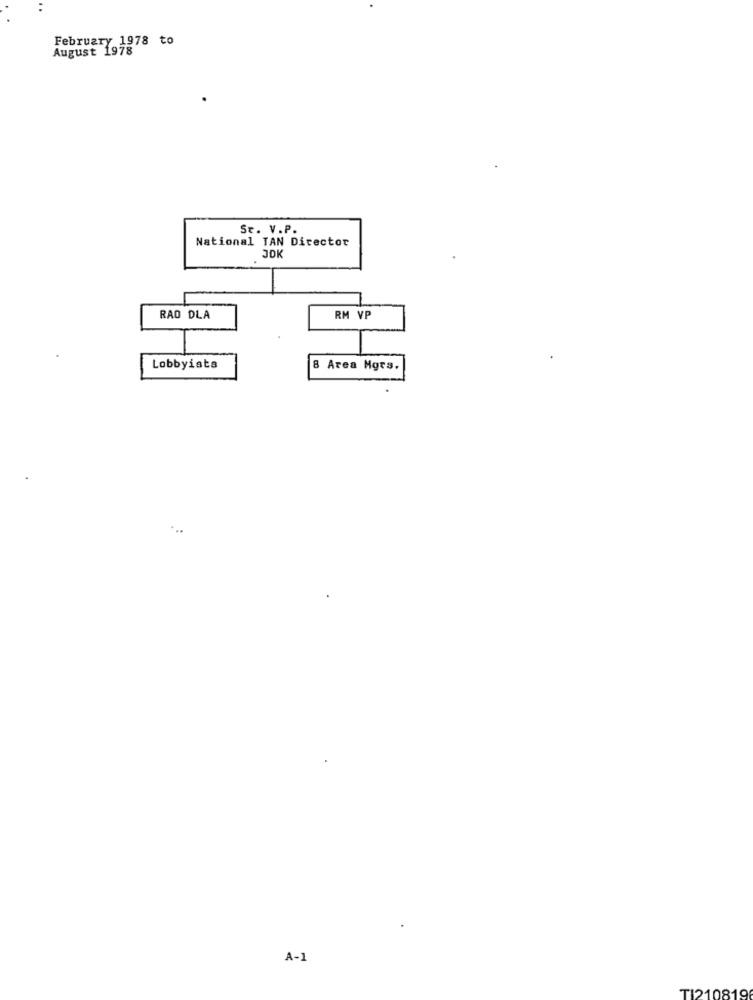
February 1978 to
August 1978
St. V.P.
National TAN Director
JOK
RAO DLA
RM VP
Lobbyists
8 Area Mgrs.
A-1
TI210819